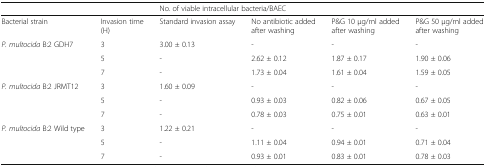
| <COLSPAN=2>  | <COLSPAN=4> No. of viable intracellular bacteria/BAEC |
 | --- | --- | --- | --- | --- | --- |
 | Bacterial strain | Invasion time(H) | Standard invasion assay | No antibiotic added after washing | P&G 10 μg/ml added after washing | P&G 50 μg/ml added after washing |
 | <ROWSPAN=3> P. multocida B:2 GDH7 | 3 | 3.00 ± 0.13 | - | - | - |
 | 5 | - | 2.62 ± 0.12 | 1.87 ± 0.17 | 1.90 ± 0.06 |
 | 7 | - | 1.73 ± 0.04 | 1.61 ± 0.04 | 1.59 ± 0.05 |
 | <ROWSPAN=3> P. multocida B:2 JRMT12 | 3 | 1.60 ± 0.09 | - | - | - |
 | 5 | - | 0.93 ± 0.03 | 0.82 ± 0.06 | 0.67 ± 0.05 |
 | 7 | - | 0.78 ± 0.03 | 0.75 ± 0.01 | 0.63 ± 0.01 |
 | <ROWSPAN=3> P. multocida B:2 Wild type | 3 | 1.22 ± 0.21 | - | - | - |
 | 5 | - | 1.11 ± 0.04 | 0.94 ± 0.01 | 0.71 ± 0.04 |
 | 7 | - | 0.93 ± 0.01 | 0.83 ± 0.01 | 0.78 ± 0.03 |